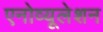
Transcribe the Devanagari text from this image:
एनोव्यूलेशन